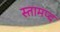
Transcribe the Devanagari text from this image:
स्तामप्द